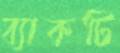
ব্যাকটি